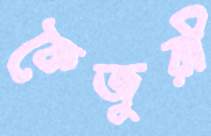
কৈজুরী